Report of the Imperial Institute of Veterinary Research, Muktesar
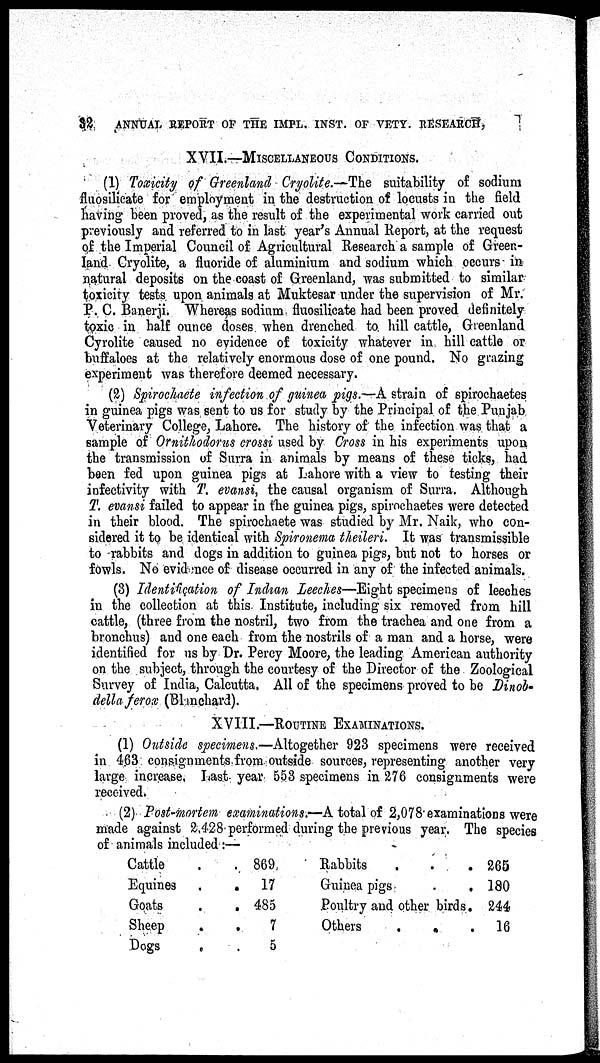
32
ANNUAL REPORT OF THE IMPL. INST. OF VETY. RESEARCH,
XVII.—MISCELLANEOUS
CONDITIONS.
(1) Toxicity of Greenland Cryolite.—The suitability of sodium
fluosilicate for employment in the destruction of locusts in the field
having been proved, as the result of the experimental work carried out
previously and referred to in last year's Annual Report, at the request
of the Imperial Council of Agricultural Research a sample of Green-
land Cryolite, a fluoride of aluminium and sodium which occurs in
natural deposits on the coast of Greenland, was submitted to similar
toxicity tests upon animals at Muktesar under the supervision of Mr.
P. C. Banerji. Whereas sodium fluosilicate had been proved definitely
toxic in half ounce doses when drenched to. hill cattle, Greenland
Cyrolite caused no evidence of toxicity whatever in hill cattle or
buffaloes at the relatively enormous dose of one pound. No grazing
experiment was therefore deemed necessary.
(2) Spirochaete infection of guinea pigs.—A strain of spirochaetes
in guinea pigs was sent to us for study by the Principal of the Punjab
Veterinary College, Lahore. The history of the infection was that a
sample of Ornithodorus crossi used by Cross in his experiments upon
the transmission of Surra in animals by means of these ticks, had
been fed upon guinea pigs at Lahore with a view to testing their
infectivity with T. evansi, the causal organism of Surra. Although
T. evansi failed to appear in the guinea pigs, spirochaetes were detected
in their blood. The spirochaete was studied by Mr. Naik, who con-
sidered it to be identical with Spironema theileri. It was transmissible
to rabbits and dogs in addition to guinea pigs, but not to horses or
fowls. No evidence of disease occurred in any of the infected animals.
(3) Identification of Indian Leeches—Eight specimens of leeches
in the collection at this Institute, including six removed from hill
cattle, (three from the nostril, two from the trachea and one from a
bronchus) and one each from the nostrils of a man and a horse, were
identified for us by Dr. Percy Moore, the leading American authority
on the subject, through the courtesy of the Director of the Zoological
Survey of India, Calcutta. All of the specimens proved to be Dinob-
della ferox (Blanchard).
XVIII.—ROUTINE EXAMINATIONS.
(1) Outside specimens.—Altogether 923 specimens were received
in 463 consignments from outside sources, representing another very
large increase, Last year 553 specimens in 276 consignments were
received.
(2) Post-mortem examinations.—A total of 2,078examinations were
made against 2,428performed during the previous year. The species
of animals included :—
Cattle
Equines
Goats
Sheep
Dogs
.
.
.
.
.
.
.
.
.
.
869
17
485
7
5
Rabbits
.
.
Guinea pigs
.
.
Poultry and other birds
Others
.
..
.
.
265
180
244
16